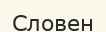
Словен